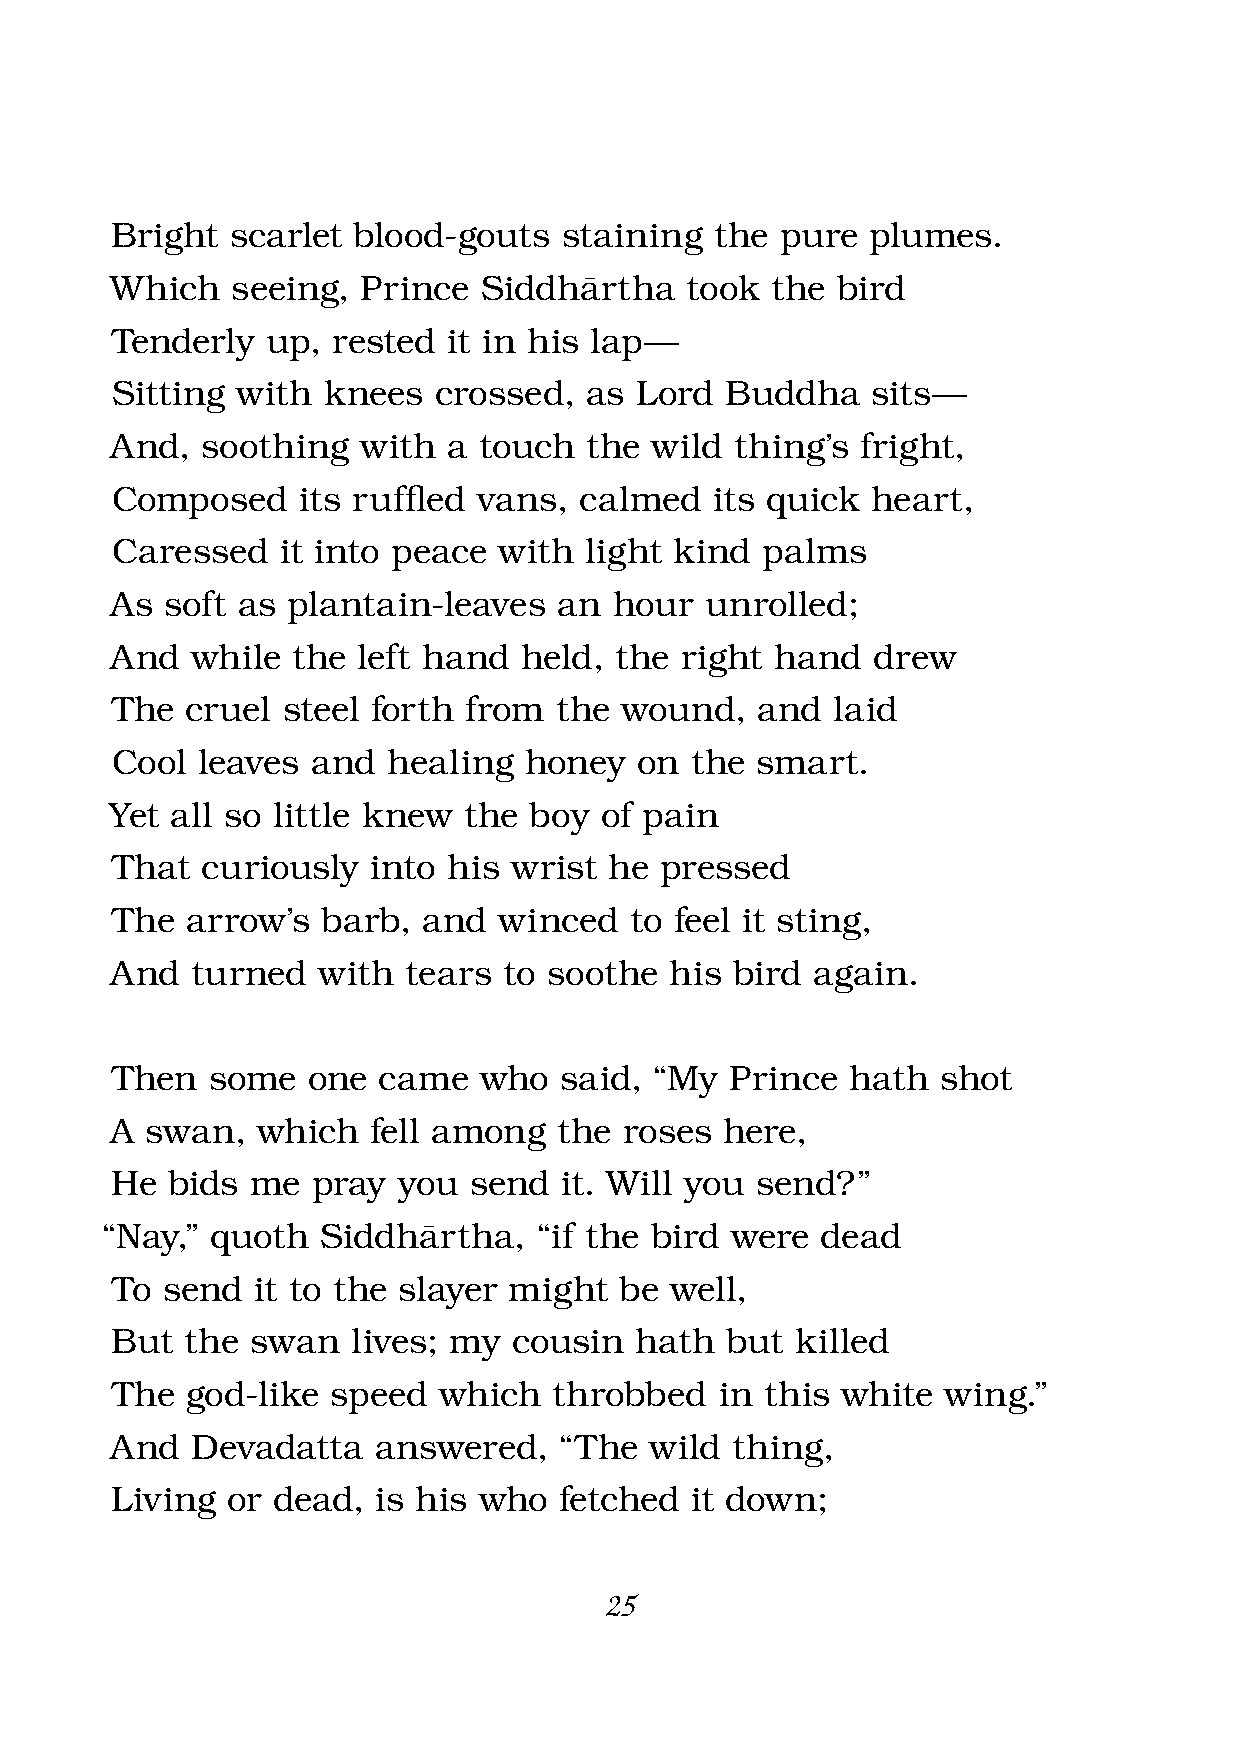
Bright  scarlet blood-gouts   staining  the  pure  plumes.
 Which   seeing,  Prince  Siddhàrtha   took  the bird
 Tenderly   up, rested  it in his lap —
 Sitting  with knees   crossed,  as Lord  Buddha    sits —
 And,  soothing   with  a touch  the wild  thing’s fright,
 Composed     its ruffl ed vans, calmed  its quick  heart,
 Caressed    it into peace with  light kind palms
 As  soft as plantain-leaves   an  hour  unrolled;
 And   while the  left hand  held, the right hand   drew
 The  cruel  steel forth from  the wound,   and  laid
 Cool  leaves  and  healing  honey  on  the smart.
 Yet all so little knew  the boy  of pain
 That  curiously   into his wrist he  pressed
 The  arrow’s  barb,  and  winced   to feel it sting,
 And   turned  with  tears to soothe  his  bird again.
 Then   some  one  came   who  said, “My  Prince  hath  shot
 A  swan,  which  fell among   the roses  here,
 He  bids  me  pray you  send  it. Will you send?”
 “Nay,” quoth  Siddhàrtha,    “if the bird were dead
 To  send  it to the slayer might  be well,
 But  the  swan  lives; my  cousin  hath  but  killed
 The  god-like  speed  which   throbbed   in this white  wing.”
 And   Devadatta   answered,   “The  wild thing,
 Living  or dead,  is his who  fetched  it down;
 25